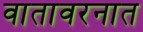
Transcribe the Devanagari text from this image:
वातावरनात